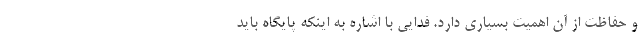
و حفاظت از آن اهمیت بسیاری دارد. فدایی با اشاره به اینکه پایگاه باید